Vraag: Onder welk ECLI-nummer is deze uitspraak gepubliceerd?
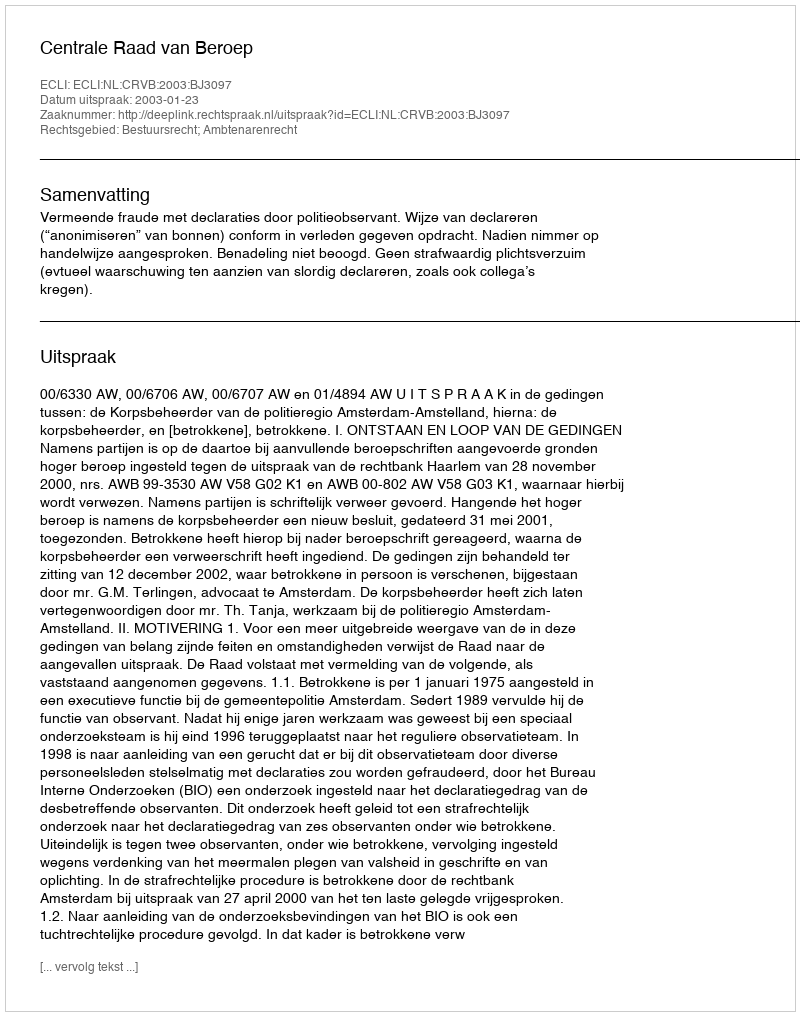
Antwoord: ECLI:NL:CRVB:2003:BJ3097